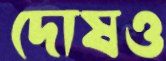
দোষও